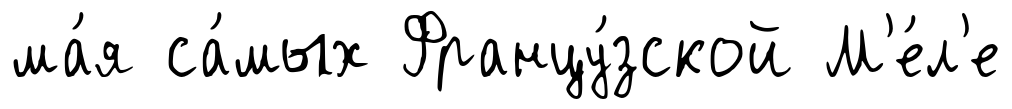
ма́я са́мых Францу́зской М'е́л'е